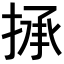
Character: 𢮋